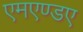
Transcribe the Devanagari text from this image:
एमएण्डए